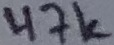
Text: 47K